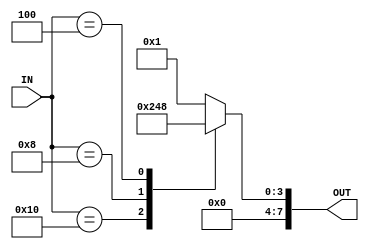
module CLKDIV_MUX #(parameter WIDTH = 8)  (
input    wire     [5:0]              IN,
output   reg      [WIDTH-1:0]        OUT
);


always @(*)
  begin
	case(IN) 
	6'b100000 : begin
				OUT = 'd1 ;
				end
	6'b010000 : begin
				OUT = 'd2 ;
				end	
	6'b001000 : begin
				OUT = 'd4 ;
				end	
	6'b000100 : begin
				OUT = 'd8 ;
				end
	default   : begin
				OUT = 'd1 ;
				end					
	endcase
  end	
  
  
  
  
endmodule